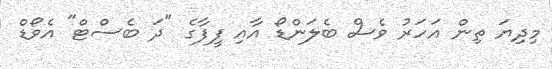
މިދިޔަ ތިން އަހަރު ވެސް ބެލަންޑޯ އާއި ފީފާގެ "ދަ ބެސްޓް" އެވޯޑް